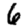
Digit: 6